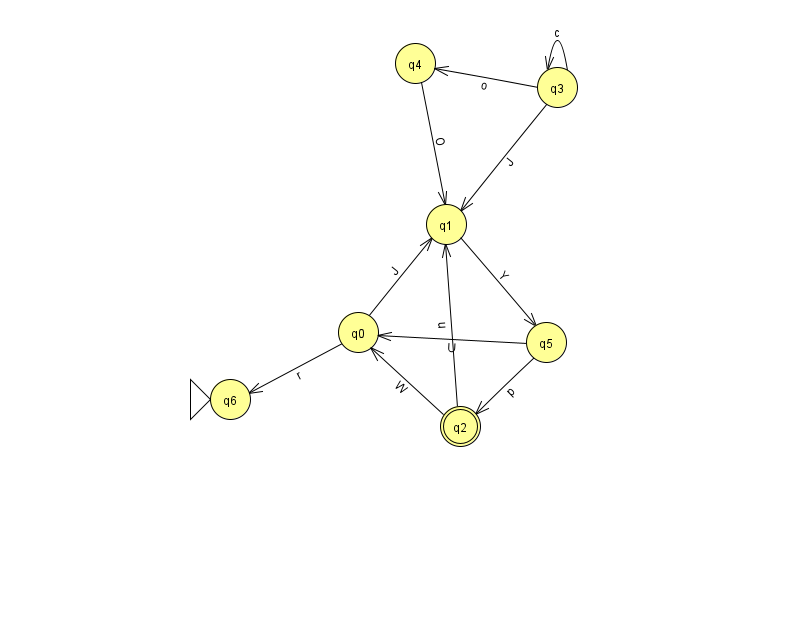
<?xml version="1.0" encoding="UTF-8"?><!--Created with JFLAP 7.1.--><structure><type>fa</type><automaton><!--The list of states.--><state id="0" name="q0"><x>358.0</x><y>319.0</y></state><state id="1" name="q1"><x>446.0</x><y>211.0</y></state><state id="2" name="q2"><x>460.0</x><y>413.0</y><final/></state><state id="3" name="q3"><x>557.0</x><y>74.0</y></state><state id="4" name="q4"><x>415.0</x><y>50.0</y></state><state id="5" name="q5"><x>546.0</x><y>329.0</y></state><state id="6" name="q6"><x>230.0</x><y>386.0</y><initial/></state><!--The list of transitions.--><transition><from>2</from><to>1</to><read>u</read></transition><transition><from>5</from><to>2</to><read>p</read></transition><transition><from>4</from><to>1</to><read>O</read></transition><transition><from>3</from><to>1</to><read>J</read></transition><transition><from>0</from><to>6</to><read>r</read></transition><transition><from>3</from><to>3</to><read>c</read></transition><transition><from>2</from><to>0</to><read>W</read></transition><transition><from>5</from><to>0</to><read>U</read></transition><transition><from>3</from><to>4</to><read>o</read></transition><transition><from>1</from><to>5</to><read>Y</read></transition><transition><from>0</from><to>1</to><read>J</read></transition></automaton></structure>